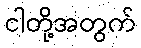
ငါတို့အတွက်